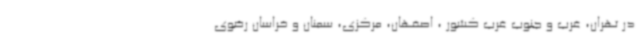
در تهران، غرب و جنوب غرب کشور ، اصفهان، مرکزی، سمنان و خراسان رضوی